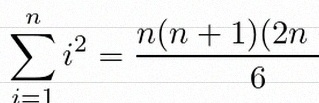
\sum_{i=1}^{n}i^2=\frac{n(n+1)(2n+1)}6